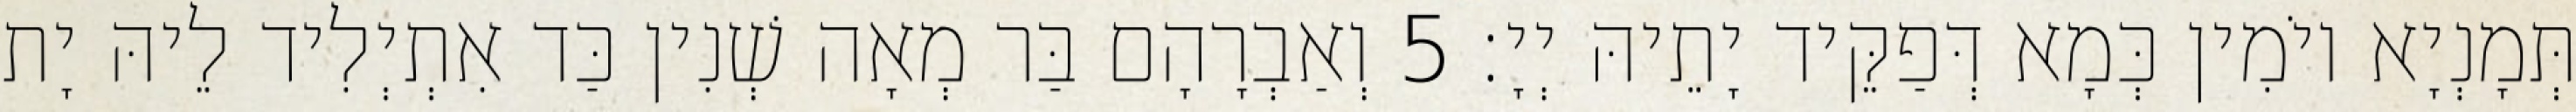
תְּמָנְיָא יוֹמִין כְּמָא דְּפַקֵּיד יָתֵיהּ יְיָ׃ 5 וְאַבְרָהָם בַּר מְאָה שְׁנִין כַּד אִתְיְלִיד לֵיהּ יָת